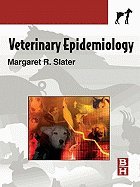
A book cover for Veterinary Epidemiology (03) by PhD, Margaret R Slater DVM [Paperback (2002)]; PhD; Medical Books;